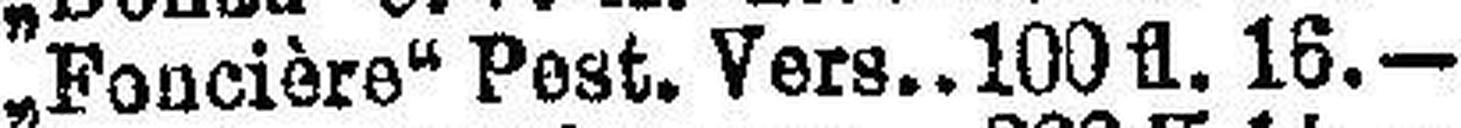
„Foncière" Pest. Vers. 100 fl. 16.—